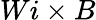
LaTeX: Wi\times B